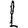
Digit: 1